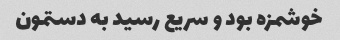
خوشمزه بود و سریع رسید به دستمون